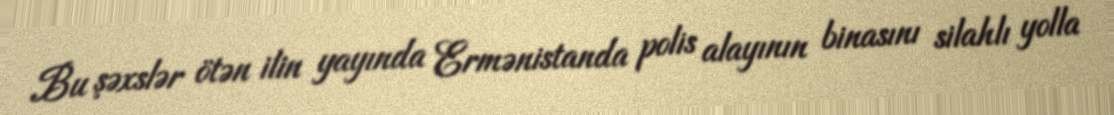
Bu şəxslər ötən ilin yayında Ermənistanda polis alayının binasını silahlı yolla